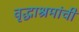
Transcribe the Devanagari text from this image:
वृद्धाश्रमांची